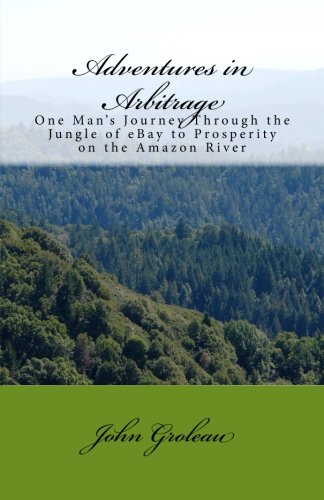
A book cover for Adventures in Arbitrage: One Man's Journey Through The Jungle of eBay to Prosperity on the Amazon River; Mr. John M Groleau; Computers & Technology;